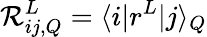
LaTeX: \mathcal{R}_{ij,Q}^{L}=\langle i|r^{L}|j\rangle_{Q}